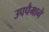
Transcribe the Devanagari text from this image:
उपपैमाने